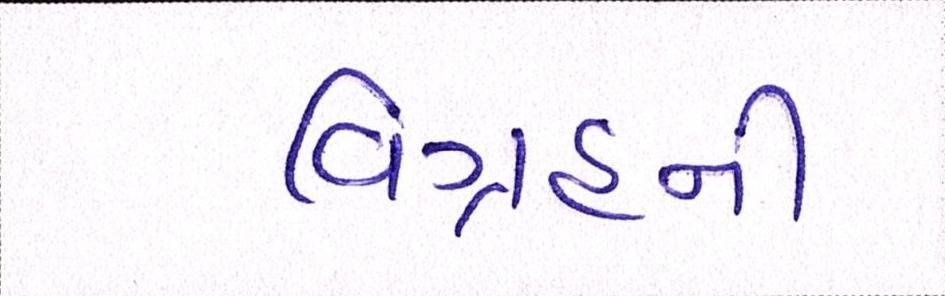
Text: વિગ્રહની